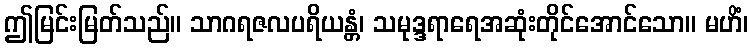
ဤမြင်းမြတ်သည်။ သာဂရဇလပရိယန္တံ၊ သမုဒ္ဒရာရေအဆုံးတိုင်အောင်သော။ မဟိံ၊